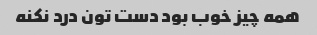
همه چیز خوب بود دست تون درد نکنه